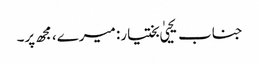
جناب یحییٰ بختیار: میرے، مجھ پر۔